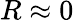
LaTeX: R\approx 0